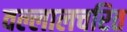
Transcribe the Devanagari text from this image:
वल्लालचरित